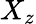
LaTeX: X_{z}